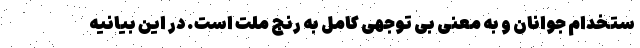
ستخدام جوانان و به معنی بی توجهی کامل به رنج ملت است. در این بیانیه